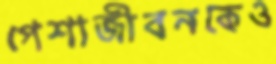
পেশাজীবনকেও